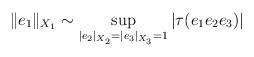
LaTeX: \begin{align*}\|e_1\|_{X_1} \sim \sup_{|e_2|_{X_2}=|e_3|_{X_3}=1}|\tau(e_1e_2 e_3)| \end{align*}